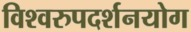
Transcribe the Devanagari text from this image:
विश्वरुपदर्शनयोग